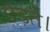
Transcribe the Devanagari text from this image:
छेड़ते।